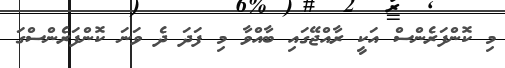
މި ކޮންފަރެންސް އަކީ ރާއްޖޭގައި ބާއްވާ މި ފަދަ ދެ ވަނަ ކޮންފަރެންސްގަ